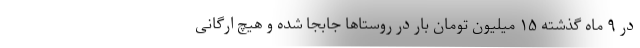
در ۹ ماه گذشته ۱۵ میلیون تومان بار در روستاها جابجا شده و هیچ ارگانی